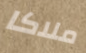
ملاكا